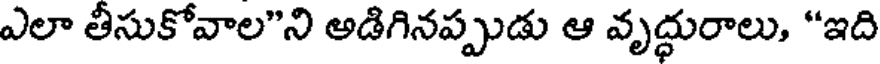
ఎలా తీసుకోవాల"ని అడిగినప్పుడు ఆ వృద్ధురాలు, "ఇది